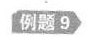
例题9